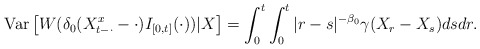
\begin{align*}\mathrm{Var}\left[W(\delta_0(X_{t-\cdot}^x-\cdot)I_{[0,t]}(\cdot))|X\right]=\int_0^t\int_0^t |r-s|^{-\beta_0} \gamma(X_r-X_s)dsdr.\end{align*}